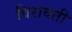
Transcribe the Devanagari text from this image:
विरावती